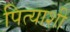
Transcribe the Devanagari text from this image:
पित्याशी